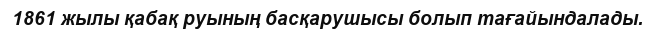
1861 жылы қабақ руының басқарушысы болып тағайындалады.